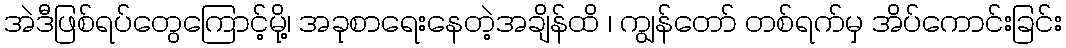
အဲဒီဖြစ်ရပ်တွေကြောင့်မို့၊ အခုစာရေးနေတဲ့အချိန်ထိ ၊ ကျွန်တော် တစ်ရက်မှ အိပ်ကောင်းခြင်း